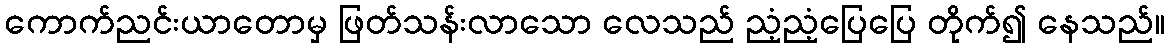
ကောက်ညင်းယာတောမှ ဖြတ်သန်းလာသော လေသည် ညံ့ညံ့ပြေပြေ တိုက်၍ နေသည်။